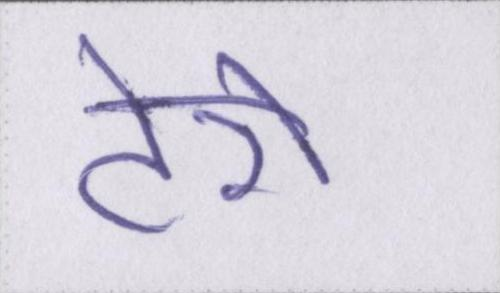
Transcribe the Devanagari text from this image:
टेरो